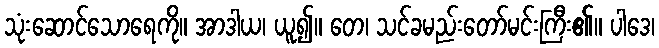
သုံးဆောင်သောရေကို။ အာဒါယ၊ ယူ၍။ တေ၊ သင်ခမည်းတော်မင်းကြီး၏။ ပါဒေ၊